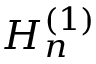
H _ { n } ^ { ( 1 ) }